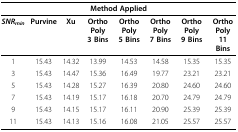
<table><thead><tr><td colspan="8"><b>Method Applied</b></td></tr></thead><tbody><tr><td><b><i>SNR<sub>min</sub></i></b></td><td><b>Purvine</b></td><td><b>Xu</b></td><td><b>Ortho Poly</b><b>3 Bins</b></td><td><b>Ortho Poly</b><b>5 Bins</b></td><td><b>Ortho Poly</b><b>7 Bins</b></td><td><b>Ortho Poly</b><b>9 Bins</b></td><td><b>Ortho Poly</b><b>11 Bins</b></td></tr><tr><td>1</td><td>15.43</td><td>14.32</td><td>13.99</td><td>14.53</td><td>14.58</td><td>15.35</td><td>15.35</td></tr><tr><td>3</td><td>15.43</td><td>14.47</td><td>15.36</td><td>16.49</td><td>19.77</td><td>23.21</td><td>23.21</td></tr><tr><td>5</td><td>15.43</td><td>14.28</td><td>15.27</td><td>16.39</td><td>20.80</td><td>24.60</td><td>24.60</td></tr><tr><td>7</td><td>15.43</td><td>14.19</td><td>15.17</td><td>16.18</td><td>20.70</td><td>24.79</td><td>24.79</td></tr><tr><td>9</td><td>15.43</td><td>14.15</td><td>15.17</td><td>16.11</td><td>20.90</td><td>25.39</td><td>25.39</td></tr><tr><td>11</td><td>15.43</td><td>14.13</td><td>15.16</td><td>16.08</td><td>21.05</td><td>25.57</td><td>25.57</td></tr></tbody></table>